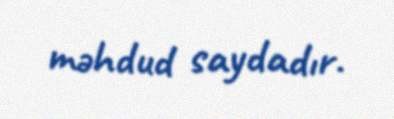
məhdud saydadır.